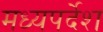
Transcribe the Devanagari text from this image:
मध्यपर्देश